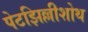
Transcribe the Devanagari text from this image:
पेटझिल्लीशोथ